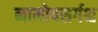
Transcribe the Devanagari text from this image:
नामोपसर्गश्च